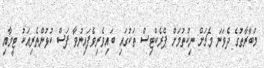
މުބާރާތުގެ ދެވަނަ މެޗަށް ނިކުތުމަށް ޕްރެކްޓިސް ތަކުގައި ބައިވެރިވެފައިނުވާ ފަސް ކުޅުންތެރިއަކު ޓީމާއި